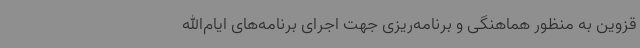
قزوین به منظور هماهنگی و برنامه‌ریزی جهت اجرای برنامه‌های ایام‌الله